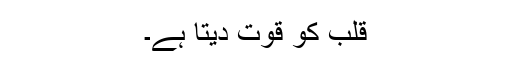
قلب کو قوت دیتا ہے۔